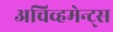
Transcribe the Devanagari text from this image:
अचिव्हमेन्ट्स